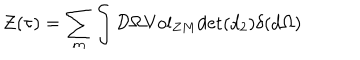
{ \cal { Z } } ( \tau { } ) = \sum _ { m } \int { \cal { D } } \Omega { \mathrm { V o l } } _ { Z M } { \mathrm { d e t } } ( d _ { 2 } ) \delta { } ( d \Omega { } )